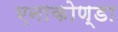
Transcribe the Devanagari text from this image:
एनाकोण्डा